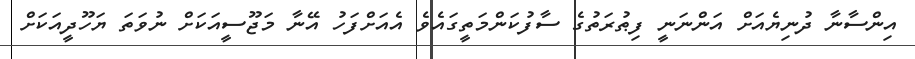
އިންސާނާ ދުނިޔެއަށް އަންނަނީ ފިޠުރަތުގެ ސާފުކަންމަތީގައެވެ އެއަށްފަހު އޭނާ މަޖޫސީއަކަށް ނުވަތަ ޔަހޫދީއަކަށް